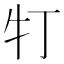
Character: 𤘖